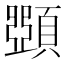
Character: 𩔡